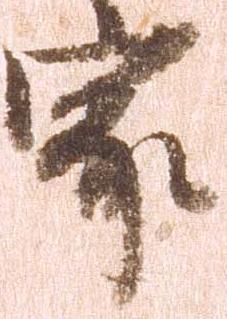
家